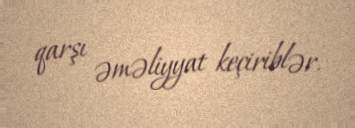
qarşı əməliyyat keçiriblər.